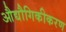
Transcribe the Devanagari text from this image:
औद्यौगिकीकरण